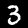
Label: 3